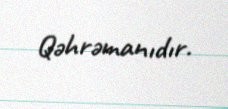
Qəhrəmanıdır.